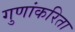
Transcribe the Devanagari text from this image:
गुणांकरिता